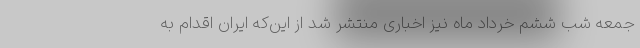
جمعه شب ششم خرداد ماه نیز اخباری منتشر شد از این‌که ایران اقدام به